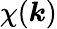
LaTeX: \chi(\boldsymbol{k})